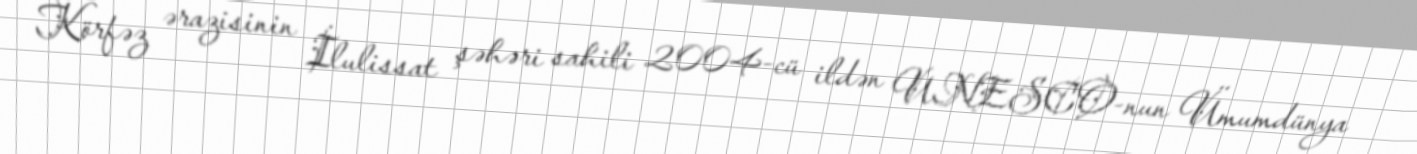
Körfəz ərazisinin İlulissat şəhəri sahili 2004-cü ildən UNESCO-nun Ümumdünya